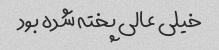
خیلی عالی پخته شده بود